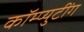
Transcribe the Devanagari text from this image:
कॉम्प्युटींग